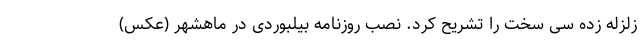
زلزله زده سی سخت را تشریح کرد. نصب روزنامه بیلبوردی در ماهشهر (عکس)